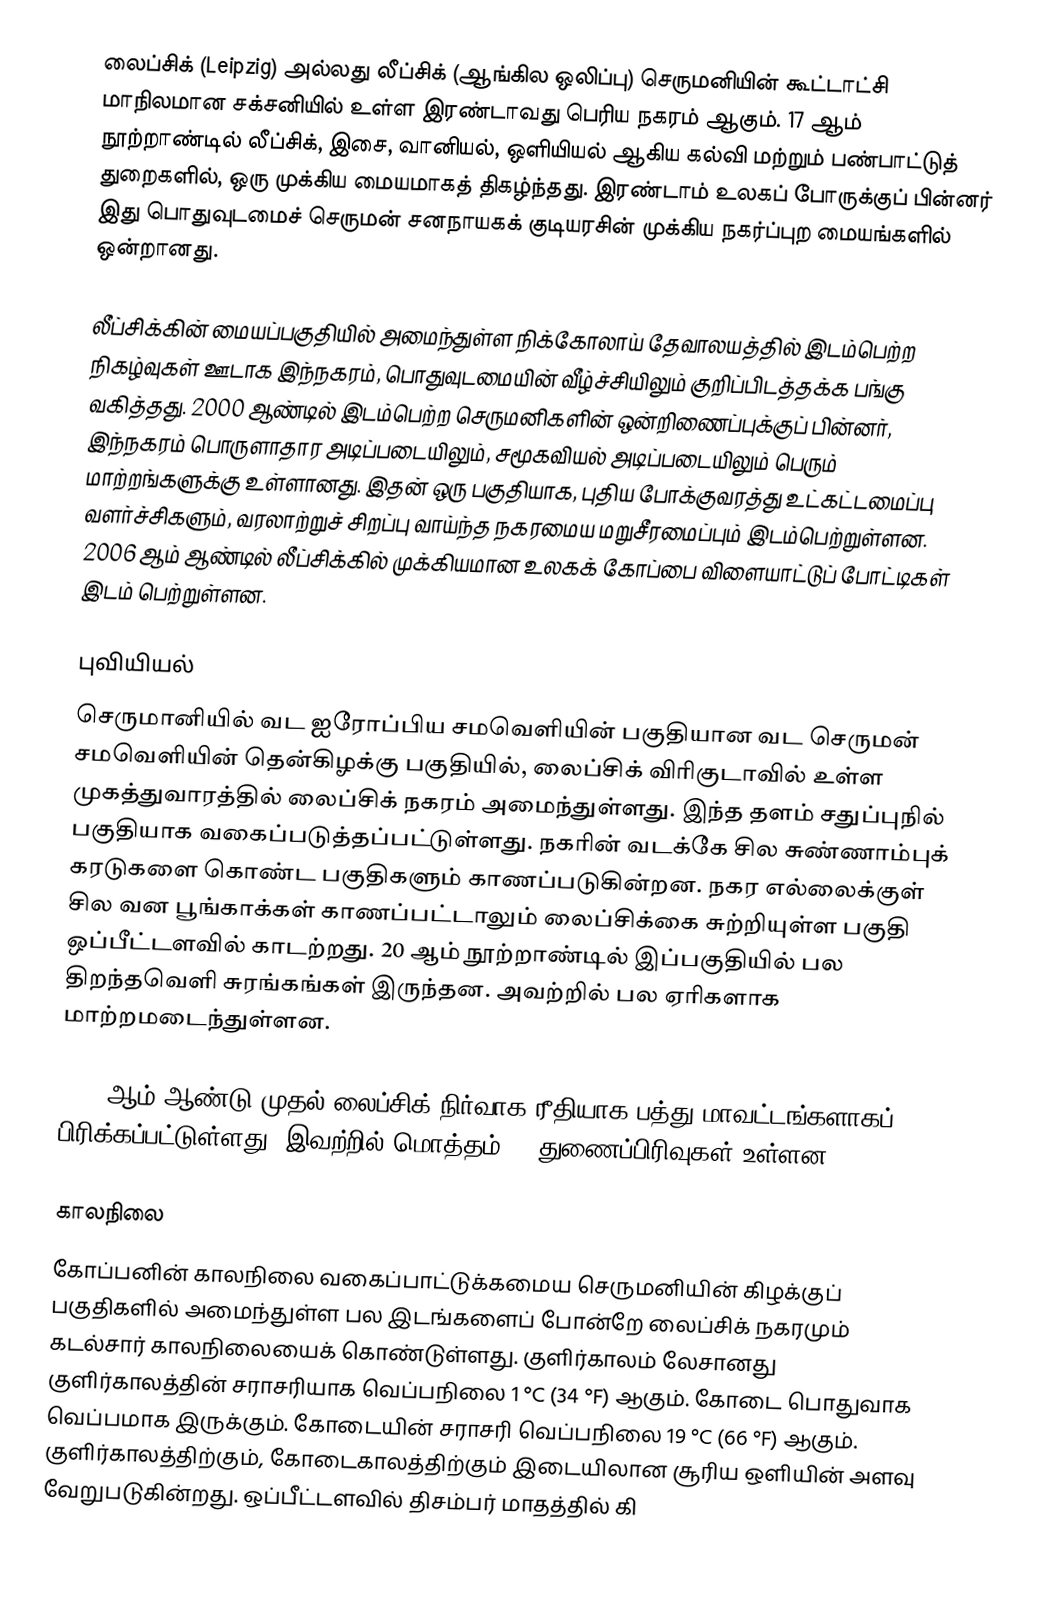
லைப்சிக் (Leipzig) அல்லது லீப்சிக் (ஆங்கில ஒலிப்பு) செருமனியின் கூட்டாட்சி மாநிலமான சக்சனியில் உள்ள இரண்டாவது பெரிய நகரம் ஆகும். 17 ஆம் நூற்றாண்டில் லீப்சிக், இசை, வானியல், ஒளியியல் ஆகிய கல்வி மற்றும் பண்பாட்டுத் துறைகளில், ஒரு முக்கிய மையமாகத் திகழ்ந்தது. இரண்டாம் உலகப் போருக்குப் பின்னர் இது பொதுவுடமைச் செருமன் சனநாயகக் குடியரசின் முக்கிய நகர்ப்புற மையங்களில் ஒன்றானது.

லீப்சிக்கின் மையப்பகுதியில் அமைந்துள்ள நிக்கோலாய் தேவாலயத்தில் இடம்பெற்ற நிகழ்வுகள் ஊடாக இந்நகரம், பொதுவுடமையின் வீழ்ச்சியிலும் குறிப்பிடத்தக்க பங்கு வகித்தது. 2000 ஆண்டில் இடம்பெற்ற செருமனிகளின் ஒன்றிணைப்புக்குப் பின்னர், இந்நகரம் பொருளாதார அடிப்படையிலும், சமூகவியல் அடிப்படையிலும் பெரும் மாற்றங்களுக்கு உள்ளானது. இதன் ஒரு பகுதியாக, புதிய போக்குவரத்து உட்கட்டமைப்பு வளர்ச்சிகளும், வரலாற்றுச் சிறப்பு வாய்ந்த நகரமைய மறுசீரமைப்பும் இடம்பெற்றுள்ளன. 2006 ஆம் ஆண்டில் லீப்சிக்கில் முக்கியமான உலகக் கோப்பை விளையாட்டுப் போட்டிகள் இடம் பெற்றுள்ளன.

புவியியல்
செருமானியில் வட ஐரோப்பிய சமவெளியின் பகுதியான வட செருமன் சமவெளியின்  தென்கிழக்கு பகுதியில், லைப்சிக் விரிகுடாவில் உள்ள முகத்துவாரத்தில் லைப்சிக் நகரம் அமைந்துள்ளது. இந்த தளம் சதுப்புநில் பகுதியாக வகைப்படுத்தப்பட்டுள்ளது.   நகரின் வடக்கே சில சுண்ணாம்புக் கரடுகளை கொண்ட பகுதிகளும் காணப்படுகின்றன. நகர எல்லைக்குள் சில வன பூங்காக்கள் காணப்பட்டாலும் லைப்சிக்கை சுற்றியுள்ள பகுதி ஒப்பீட்டளவில் காடற்றது. 20 ஆம் நூற்றாண்டில் இப்பகுதியில் பல திறந்தவெளி சுரங்கங்கள் இருந்தன. அவற்றில் பல ஏரிகளாக மாற்றமடைந்துள்ளன.

1992 ஆம் ஆண்டு முதல் லைப்சிக் நிர்வாக ரீதியாக பத்து மாவட்டங்களாகப் பிரிக்கப்பட்டுள்ளது. இவற்றில் மொத்தம் 63 துணைப்பிரிவுகள் உள்ளன.

காலநிலை
கோப்பனின் காலநிலை வகைப்பாட்டுக்கமைய செருமனியின் கிழக்குப் பகுதிகளில் அமைந்துள்ள பல இடங்களைப் போன்றே லைப்சிக் நகரமும்   கடல்சார் காலநிலையைக் கொண்டுள்ளது. குளிர்காலம் லேசானது குளிர்காலத்தின் சராசரியாக வெப்பநிலை 1 °C (34 °F) ஆகும். கோடை பொதுவாக வெப்பமாக இருக்கும். கோடையின் சராசரி வெப்பநிலை 19 °C (66 °F) ஆகும். குளிர்காலத்திற்கும், கோடைகாலத்திற்கும் இடையிலான சூரிய ஒளியின் அளவு வேறுபடுகின்றது. ஒப்பீட்டளவில் திசம்பர் மாதத்தில் கி